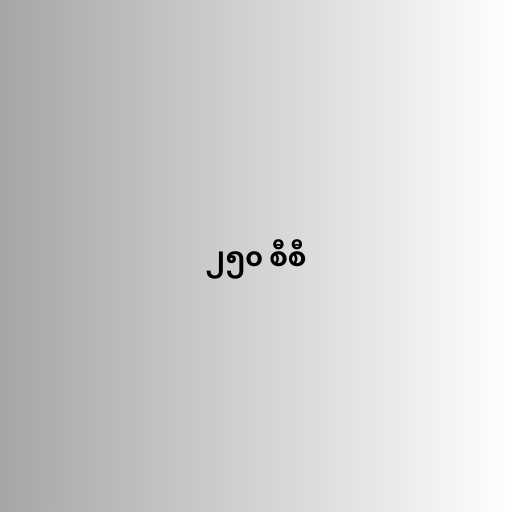
၂၅၀ စီစီ